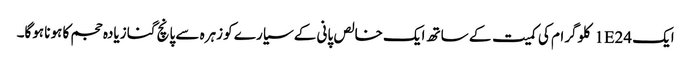
ایک 1E24 کلوگرام کی کمیت کے ساتھ ایک خالص پانی کے سیارے کو زہرہ سے پانچ گنا زیادہ حجم کا ہونا ہوگا۔